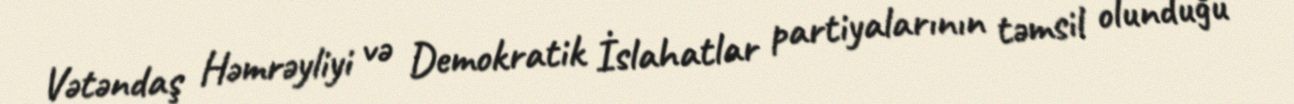
Vətəndaş Həmrəyliyi və Demokratik İslahatlar partiyalarının təmsil olunduğu